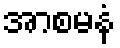
အာစမနံ